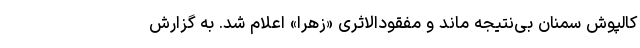
کالپوش سمنان بی‌نتیجه ماند و مفقودالاثری «زهرا» اعلام شد. به گزارش